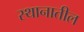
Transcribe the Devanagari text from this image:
स्थानातील